Civil Veterinary Dept. Bombay admin report 1900-1906 - 1900-1906
Year: 1900
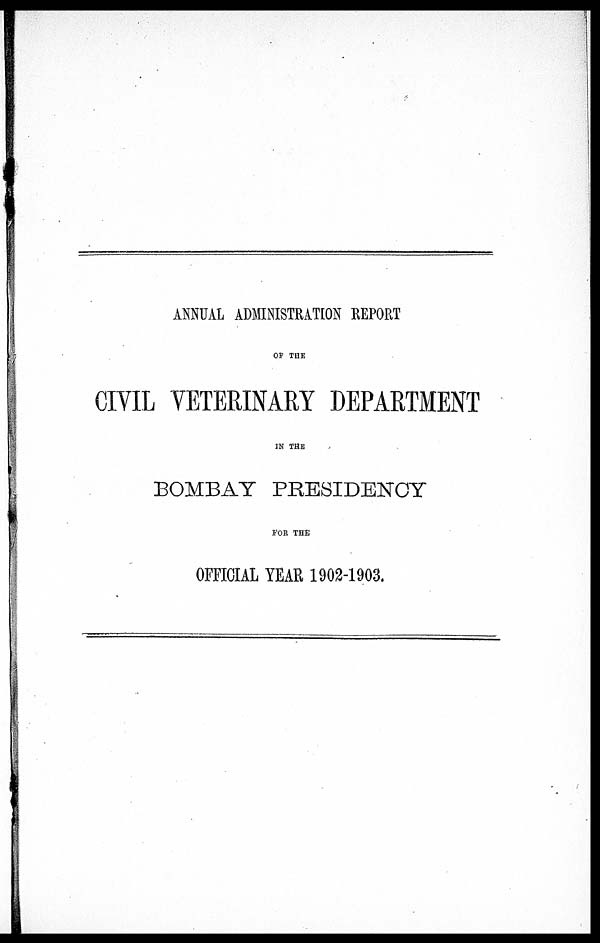
ANNUAL ADMINISTRATION REPORT
OF THE
CIVIL VETERINARY DEPARTMENT
IN THE
BOMBAY PRESIDENCY
FOR THE
OFFICIAL YEAR 1902-1903.